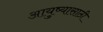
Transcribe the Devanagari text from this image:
आयुष्यासाठी